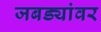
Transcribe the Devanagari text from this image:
जबड्यांवर